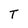
Character: T